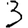
Digit: 3